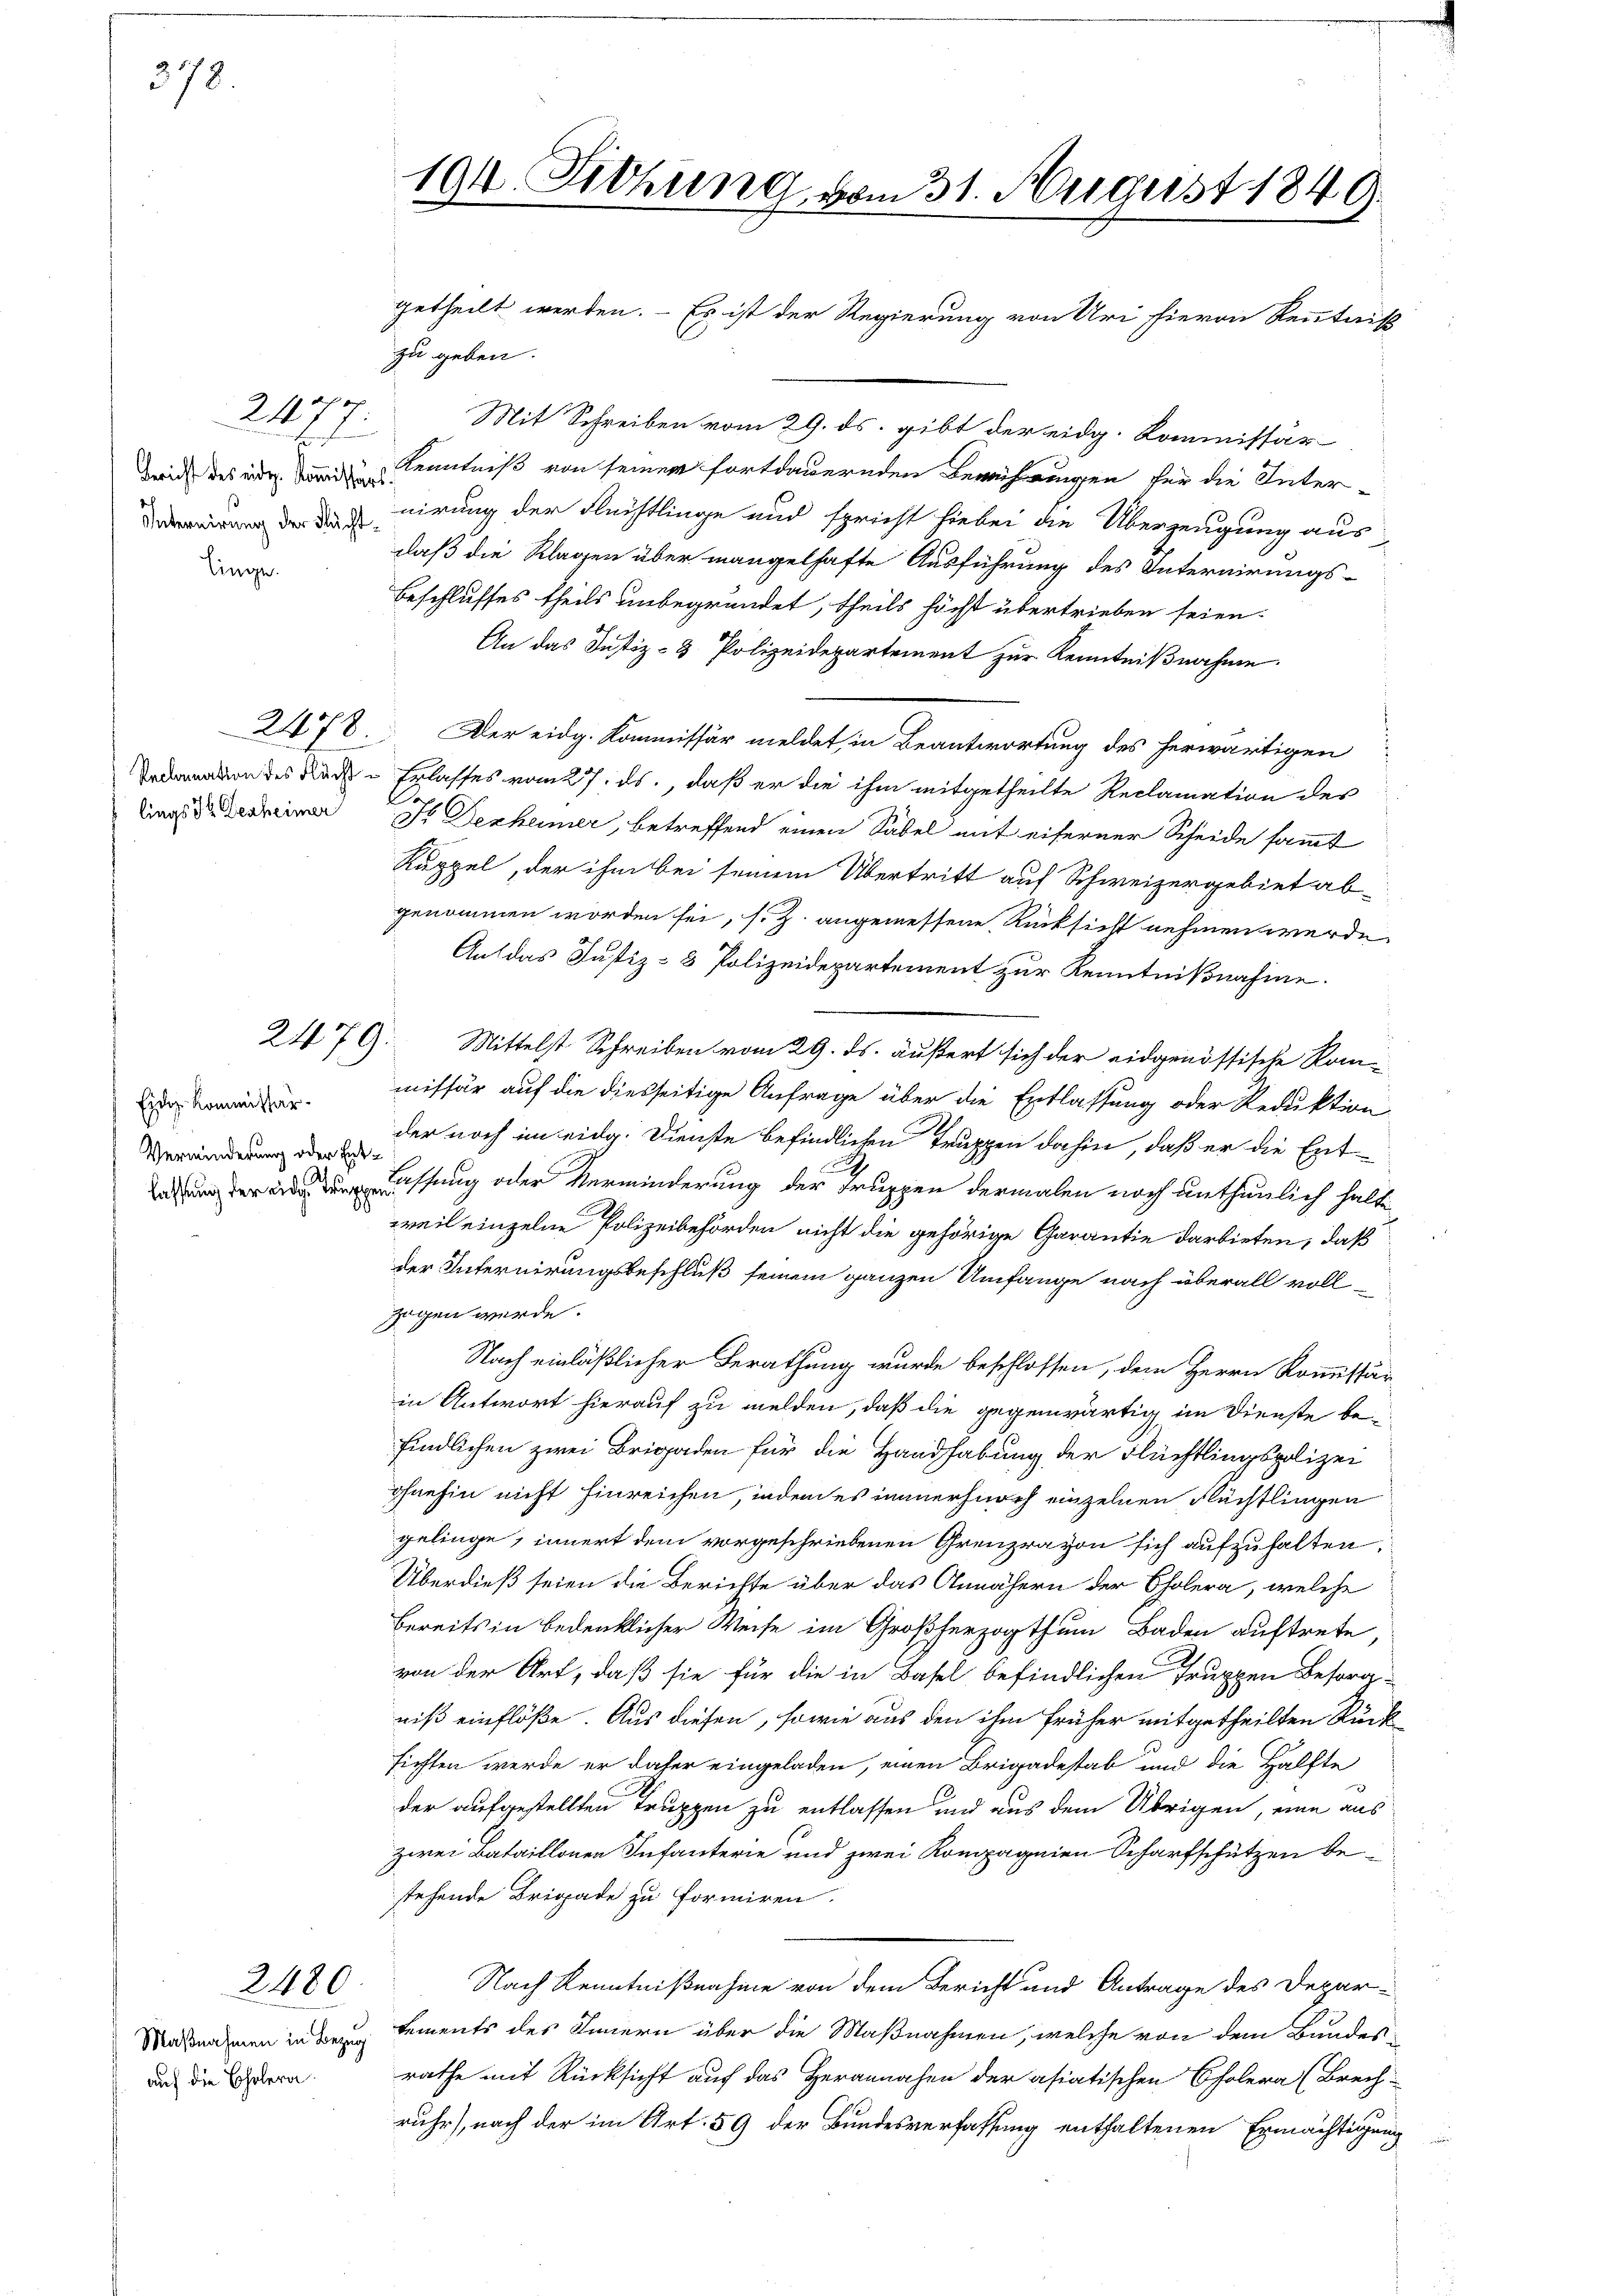
378.

Gericht des eidg. Kommissärs
Internirung der Flächt¬

linge.

240

2479.

Ein Kommissär
Verminderung oder Ent¬

2480

auf die Cholera.

s

194. Sitzung vom 31. August 1849.

getheilt werden. - Es ist der Regierung von Uri hievon Kenntniß

zu geben.
Mit Schreiben vom 29. ds. gibt der eidg. Kommissär
Kenntniß von seiner fortdauernden Berührungen für die Inter-
nirung der Flüchtlinge und spricht hiebei die Überzeugung aus-
daß die Klagen über mangelhafte Ausführung des Internirungs-
Beschlusses theils unbegründet, theils höcht übertrieben seien.
An das Justiz- & Polizeidepartement zur Kenntnißnahme.
2678 Der eidg. Kommissär meldet, in Beantwortung des herwärtigen
amation des Nach Erlasses vom 27. ds., daß er die ihm mitgetheilte Reclamation des
.
trag der einer I. Dezheimer, betreffend einen Säbel mit eiferner Scheide sammt
Ruppel, der ihm bei seinem Übertritt auf Schweizergebiet ab
genommen worden sei, s. Z. angemessene Rücksicht nehmen werde
An das Justiz- & Polizeidepartement zur Kenntnißnahme.
Mittelst Schreiben vom 29. ds. äußert sich der eidgenössische Kommissär auf die diesseitige Anfrage über die Entlassung oder Reduktion
der noch im eidg. Dienste befindlichen Truppen dahin, daß er die Ent-
 Fassung oder Verminderung der Truppen dermalen noch unthunlich halte
weil einzelne Polizeibehörden nicht die gehörige Garantie darbieten, daß
der Internirungsbeschluß seinem ganzen Umfange nach überall vollzogen werde.
Nach einläßlicher Berathung wurde beschlossen, dem Herrn Kommissär
in Antwort hierauf zu melden, daß die gegenwärtig im Dienste befindlichen zwei Brigaden für die Handhabung der Flüchtlingspolizei
ohnehin nicht hinreichen, indem es immerhuoch einzelnen Flüchtlingen
gelinge, innert dem vorgeschriebenen Grenzravon sich aufzuhalten.
Überdieß seien die Berichte über das Annähern der Cholera, welche
bereits in bedenklicher Weise im Großherzogthum Baden auftrete,
von der Art, daß sie für die in Basel befindlichen Truppen Besorgniß einflöße. Aus diesen, sowie aus den ihm früher mitgetheilten Rück
sichten werde er daher eingeladen, einen Brigadestab und die Hälfte
der aufgestellten Truppen zu entlassen und aus dem Übrigen, eine aus
zwei Bataillonen Infanterie und zwei Kompagnien Scharfschützen bestehende Brigade zu formiren.
Nach Kenntnißnahme von dem Bericht und Antrage des Depar-
Maßnahmen in den tements des Innern über die Maßnahmen, welche von dem Bauderrathe mit Rücksicht auf das Herannahen der asiatischen Cholera (Brech-
ruhr), nach der im Art. 59 der Bundesverfassung enthaltenen Ermächtigung